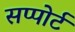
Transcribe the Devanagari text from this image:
सप्पोर्ट